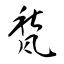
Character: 甃